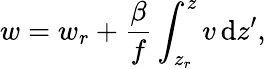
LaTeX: w=w_{r}+\frac{\beta}{f}\int_{z_{r}}^{z}v\, \mathrm{d}z^{\prime},